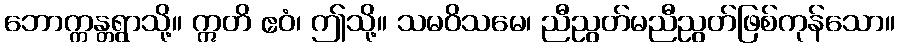
ဘောက္ကန္တရွာသို့။ ဣတိ ဧဝံ၊ ဤသို့။ သမဝိသမေ၊ ညီညွတ်မညီညွတ်ဖြစ်ကုန်သော။